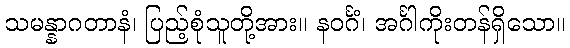
သမန္နာဂတာနံ၊ ပြည့်စုံသူတို့အား။ နဝင်္ဂံ၊ အင်္ဂါကိုးတန်ရှိသော။